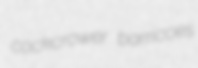
cockcrower barricoes